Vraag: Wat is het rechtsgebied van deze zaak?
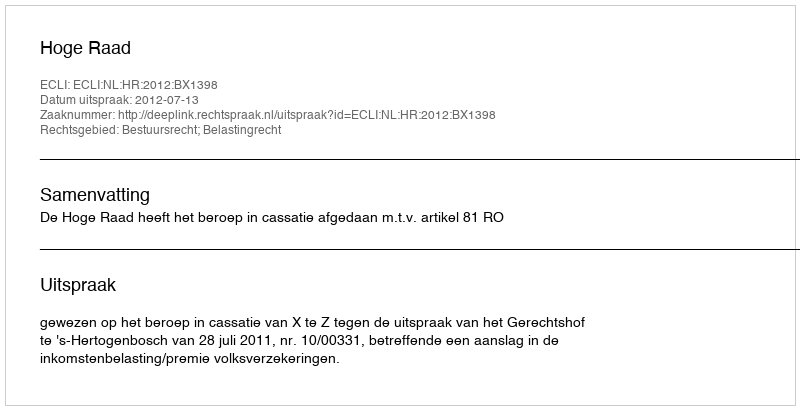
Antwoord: Bestuursrecht; Belastingrecht